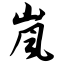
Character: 岚